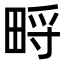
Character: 㽟